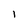
Character: I